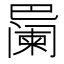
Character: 𪩱